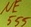
Text: NE555